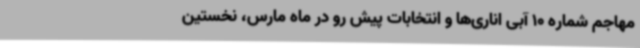
مهاجم شماره 10 آبی اناری‌ها و انتخابات پیش رو در ماه مارس، نخستین